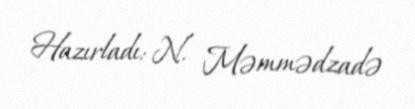
Hazırladı: N. Məmmədzadə